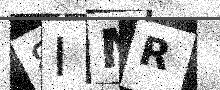
Text: 8IMR